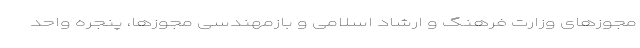
مجوزهای وزارت فرهنگ و ارشاد اسلامی و بازمهندسی مجوزها، پنجره واحد